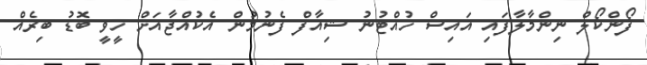
ފޯންކޯލް ނިންމާލާފައި އައިސް ހުއްޓުނު ޝިއާފް ފެނުމުން އެކުއްޖާއަށް ހީވީ ބޮޑު ބިރެއް